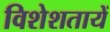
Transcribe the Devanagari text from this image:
विशेशतायें